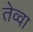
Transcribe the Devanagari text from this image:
तेव्वा